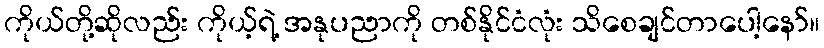
ကိုယ်တို့ဆိုလည်း ကိုယ့်ရဲ့ အနုပညာကို တစ်နိုင်ငံလုံး သိစေချင်တာပေါ့နော်။